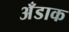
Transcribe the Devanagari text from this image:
अँडाक